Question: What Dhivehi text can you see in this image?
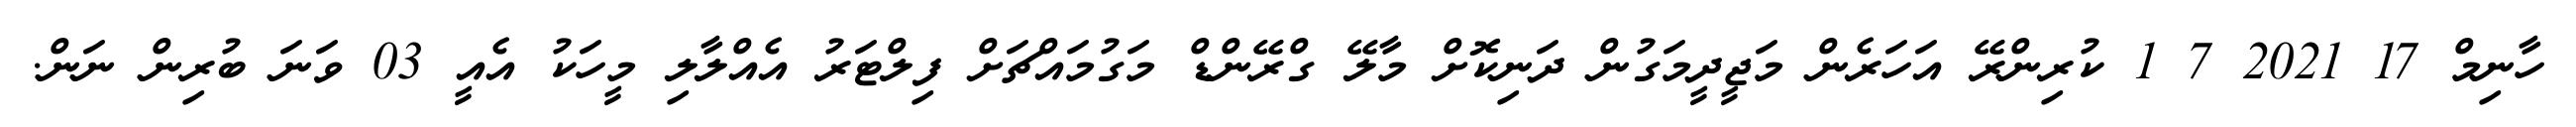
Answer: ހާނިމް 17 2021 7 1 ކުރިންރޭ އަހަރެން މަޖީދީމަގުން ދަނިކޮށް މާލޭ ގްރޭންޑް މަގުމައްޗަށް ފިލްޓަރު އެއްލާލި މީހަކު އެއީ 03 ވަނަ ބުރިން ނަން.